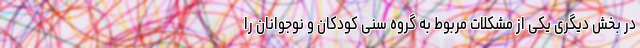
در بخش دیگری یکی از مشکلات مربوط به گروه سنی کودکان و نوجوانان را